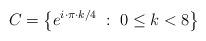
LaTeX: \begin{align*}C = \left\{ e^{i \cdot \pi \cdot k/4} \; : \; 0 \leq k < 8 \right\}\end{align*}